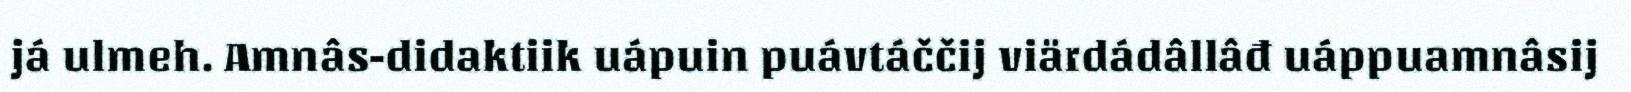
já ulmeh. Amnâs-didaktiik uápuin puávtáččij viärdádâllâđ uáppuamnâsij